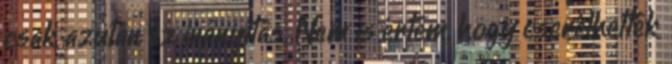
csak azután az irányítás. Nem is értem, hogy cserélhették